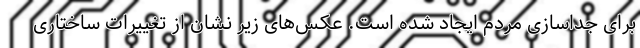
برای جداسازی مردم ایجاد شده است. عکس‌های زیر نشان از تغییرات ساختاری